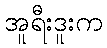
အူရီးဒူးက